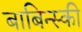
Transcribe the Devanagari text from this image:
बाबिन्स्की